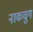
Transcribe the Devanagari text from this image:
नाकचुग